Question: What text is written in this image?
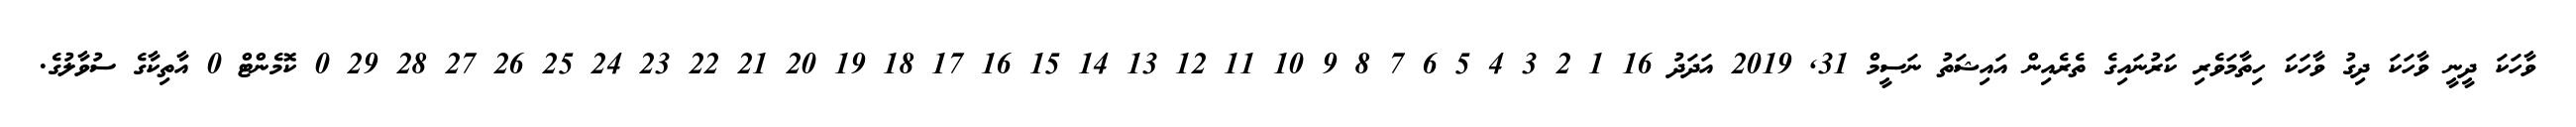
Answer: ވާހަކަ ދީނީ ވާހަކަ ދިގު ވާހަކަ ހިތާމަވެރި ކަރުނައިގެ ތެރެއިން އައިޝަތު ނަސީމް 31, 2019 އަދަދު 16 1 2 3 4 5 6 7 8 9 10 11 12 13 14 15 16 17 18 19 20 21 22 23 24 25 26 27 28 29 0 ކޮމެންޓް 0 އާތިކާގެ ސުވާލުގެ.